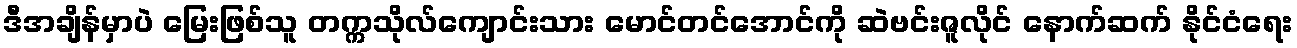
ဒီအချိန်မှာပဲ မြေးဖြစ်သူ တက္ကသိုလ်ကျောင်းသား မောင်တင်အောင်ကို ဆဲဗင်းဇူလိုင် နောက်ဆက် နိုင်ငံရေး